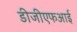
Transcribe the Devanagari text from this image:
डीजीएफआई